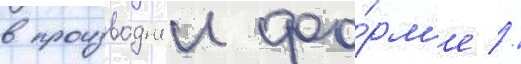
в производнои фо́рм'е //